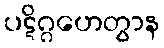
ပဋိဂ္ဂဟေတွာန